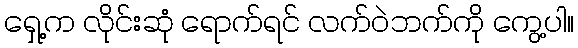
ရှေ့က လိုင်းဆုံ ရောက်ရင် လက်ဝဲဘက်ကို ကွေ့ပါ။